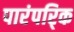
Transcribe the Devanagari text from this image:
पारंपरि्क